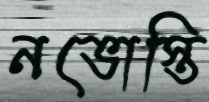
নভোস্তি